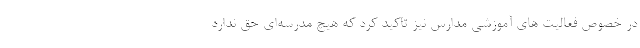
در خصوص فعالیت های آموزشی مدارس نیز تاکید کرد که هیچ مدرسه‌ای حق ندارد